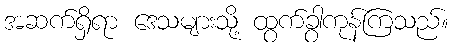
အဆက်ရှိရာ ဒေသများသို့ ထွက်ခွာကုန်ကြသည်။